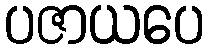
ပဇာယပေ